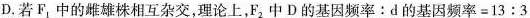
D.若F_{1}中的雌雄株相互杂交，理论上，F_{2}中D的基因频率：d的基因频率=13:3